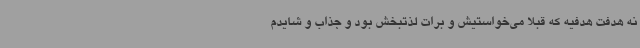
نه هدفت هدفیه که قبلاً می‌خواستیش و برات لذتبخش بود و جذاب و شایدم